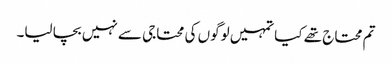
تم محتاج تھے کیا تمہیں لوگوں کی محتاجی سے نہیں بچا لیا۔